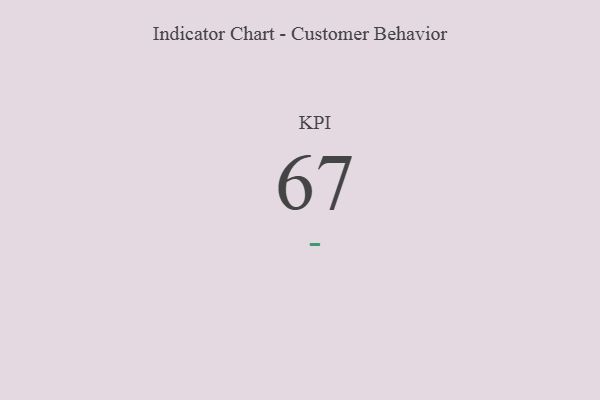
{"axis": {"x": "KPI", "y": "Value"}, "legend": [""], "data": [{"x": "KPI", "y": 67, "type": ""}]}